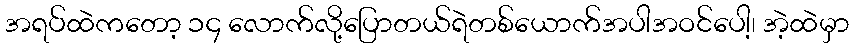
အရပ်ထဲကတော့ ၁၄ လောက်လို့ပြောတယ်ရဲတစ်ယောက်အပါအဝင်ပေါ့၊ အဲ့ထဲမှာ